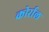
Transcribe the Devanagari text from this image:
कोर्राल